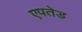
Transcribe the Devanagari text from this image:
एपतेड